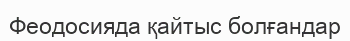
Феодосияда қайтыс болғандар